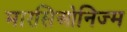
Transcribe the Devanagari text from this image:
मारसिओनिज्म